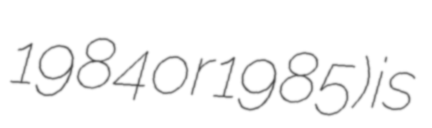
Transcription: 1984 or 1985) is